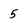
Character: 5